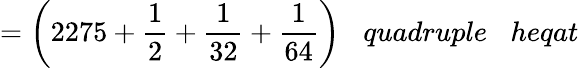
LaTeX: ={\bigg(}2275+{\frac{1}{2}}+{\frac{1}{32}}+{\frac{1}{64}}{\bigg)}\; \; \; quadruple\; \; \; heqat